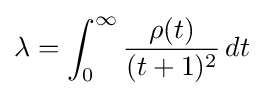
\lambda =\int _{0}^{\infty }{\frac {\rho (t)}{(t+1)^{2}}}\,dt